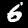
Label: 6